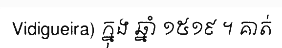
Vidigueira) ក្នុង ឆ្នាំ ១៥១៩ ។ គាត់